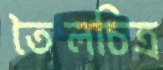
তৈলচিত্র